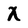
Character: X